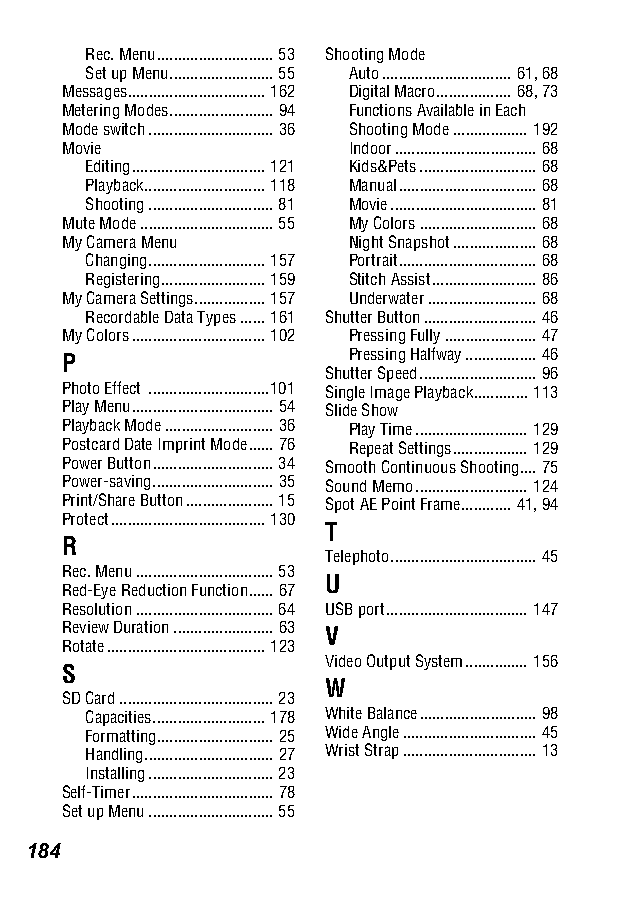
Rec. Menu............................ 53 Shooting Mode
 Set up Menu......................... 55 Auto............................... 61, 68
 Messages................................. 162 Digital Macro.................. 68, 73
 Metering Modes......................... 94 Functions Available in Each
 Mode switch.............................. 36 Shooting Mode.................. 192
 Movie              Indoor.................................. 68
 Editing................................ 121 Kids&Pets............................ 68
 Playback............................. 118 Manual................................. 68
 Shooting.............................. 81 Movie................................... 81
 Mute Mode................................ 55 My Colors............................ 68
 My Camera Menu     Night Snapshot.................... 68
 Changing............................ 157 Portrait................................. 68
 Registering......................... 159 Stitch Assist......................... 86
 My Camera Settings................. 157 Underwater.......................... 68
 Recordable Data Types...... 161 Shutter Button........................... 46
 My Colors................................ 102 Pressing Fully...................... 47
 P                  Pressing Halfway................. 46
 Shutter Speed............................ 96
 Photo Effect .............................101 Single Image Playback............. 113
 Play Menu.................................. 54 Slide Show
 Playback Mode.......................... 36 Play Time........................... 129
 Postcard Date Imprint Mode...... 76 Repeat Settings.................. 129
 Power Button............................. 34 Smooth Continuous Shooting.... 75
 Power-saving............................. 35 Sound Memo........................... 124
 Print/Share Button..................... 15 Spot AE Point Frame............ 41, 94
 Protect..................................... 130
 T
 R
 Telephoto................................... 45
 Rec. Menu................................. 53
 U
 Red-Eye Reduction Function...... 67
 Resolution................................. 64 USB port.................................. 147
 Review Duration........................ 63 V
 Rotate...................................... 123
 Video Output System............... 156
 S
 W
 SD Card..................................... 23
 Capacities........................... 178 White Balance............................ 98
 Formatting............................ 25 Wide Angle................................ 45
 Handling............................... 27 Wrist Strap................................ 13
 Installing.............................. 23
 Self-Timer.................................. 78
 Set up Menu.............................. 55
 184